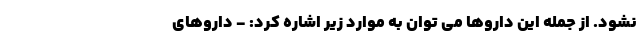
نشود. از جمله این داروها می توان به موارد زیر اشاره کرد: - داروهای